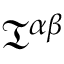
{ \mathfrak { T } } ^ { \alpha \beta }